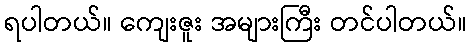
ရပါတယ်။ ကျေးဇူး အများကြီး တင်ပါတယ်။